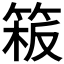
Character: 𥯈